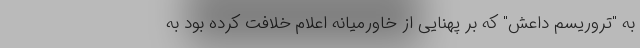
به "تروریسم داعش" که بر پهنایی از خاورمیانه اعلام خلافت کرده بود به